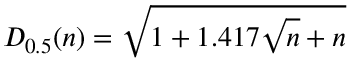
D _ { 0 . 5 } ( n ) = \sqrt { 1 + 1 . 4 1 7 \sqrt { n } + n }